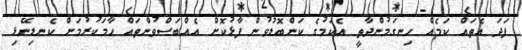
ފަދަ އެތައް ކަމެއް ހިނގަމުންދާތީ އެކަމުގެ ކަންބޮޑުވުން ފާޅުކޮށް އެއްބަސްވުންތައް ހާމަކުރުމަށް ކެނޑިނޭޅި